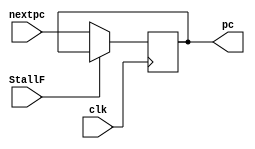
module ff(input clk, input StallF,input[31:0] nextpc,output reg[31:0] pc);
always @(posedge clk)
begin
if(!StallF)
	pc<=nextpc;
else
	pc<=pc;
end

initial
begin
pc=32'd0;
end

endmodule